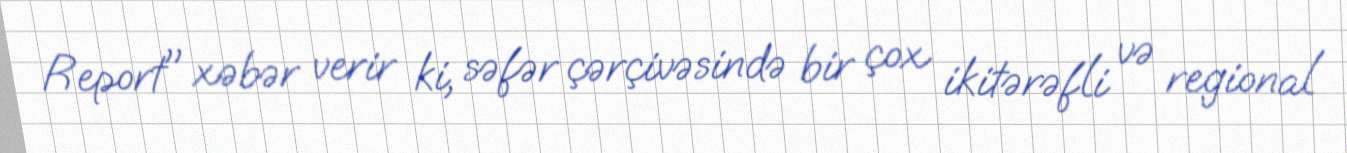
Report" xəbər verir ki, səfər çərçivəsində bir çox ikitərəfli və regional